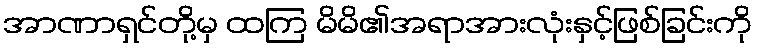
အာဏာရှင်တို့မှ ထကြ မိမိ၏အရာအားလုံးနှင့်ဖြစ်ခြင်းကို